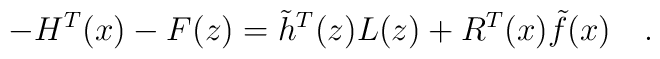
-H^T(x) -F(z)=\tilde h^T(z)L(z) +R^T(x) \tilde f(x)\quad.